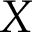
X